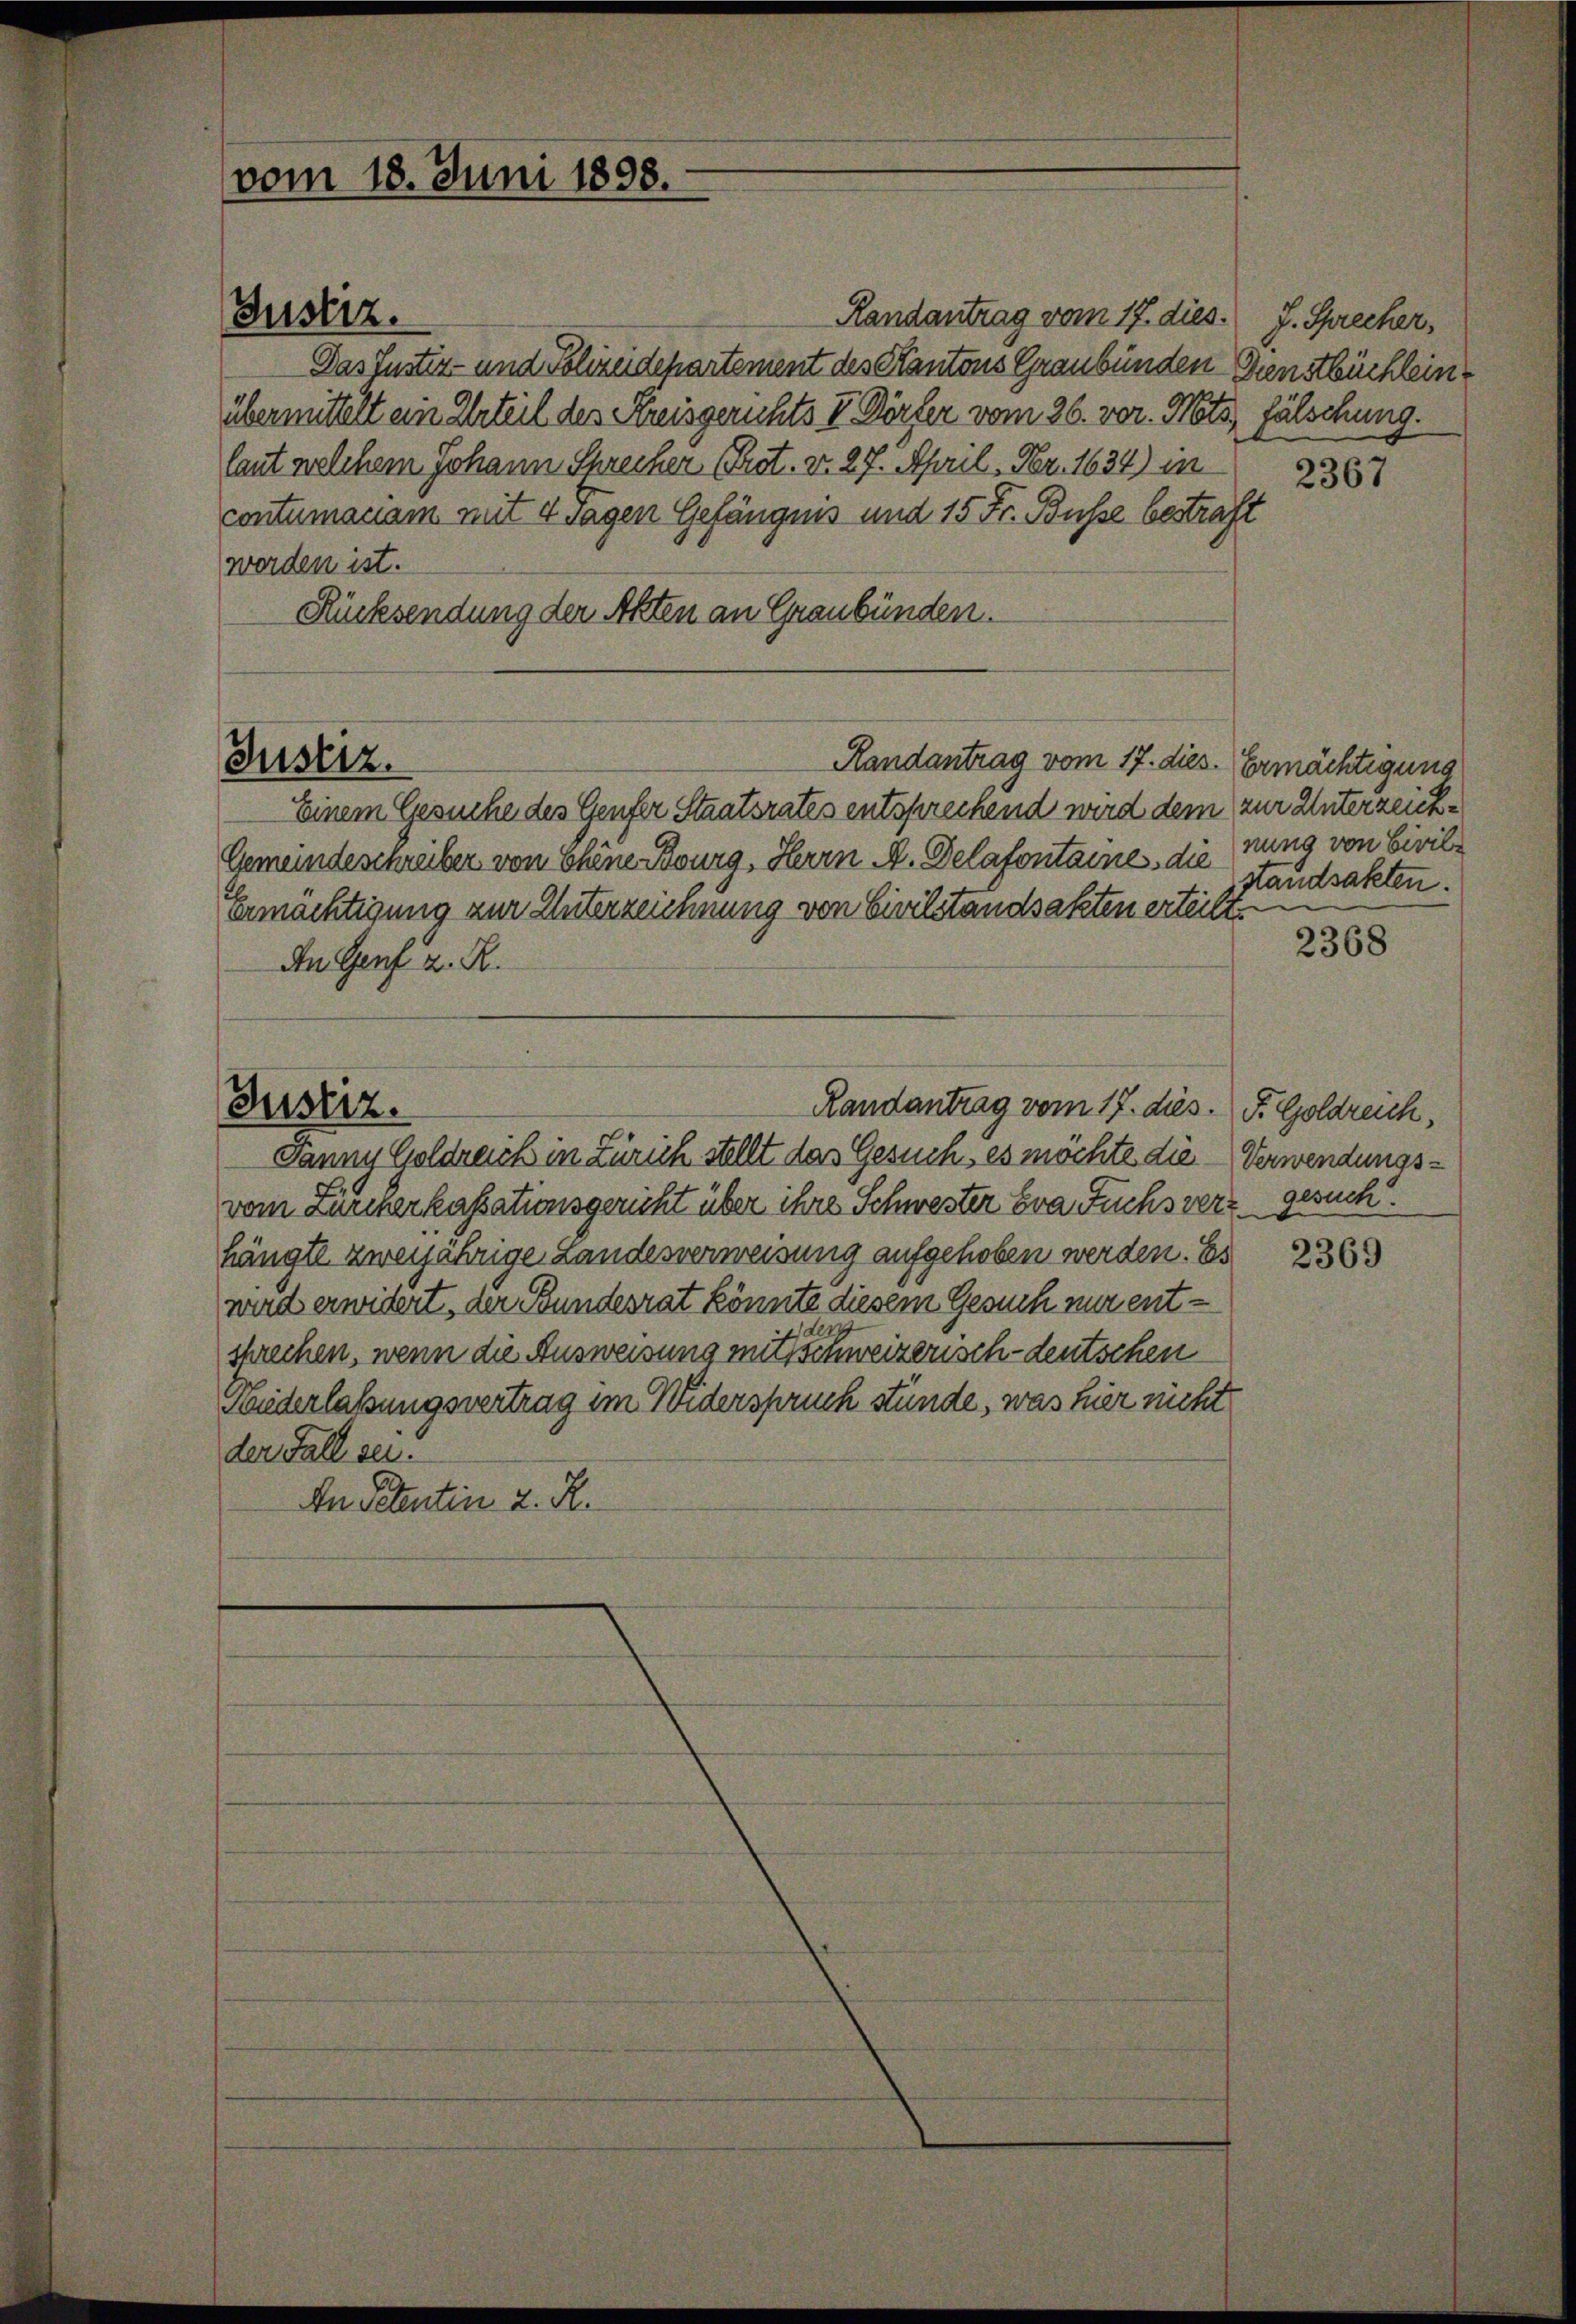
vom 18. Juni 1898.

Justiz.

Randantrag vom 17. dies.
Das Justiz- und Polizeidepartement des Kantons Graubünden Dienstbüchleinübermittelt ein Urteil des Kreisgerichts V Dörfer vom 26. vor. Mts
laut welchem Johann Sprecher (Prot. v. 27. April. Fr. 1634) in
contumaciam mit 4 sagen Gefängnis und 15 Fr. Busse bestraft
werden ist.
Rücksendung der Akten an Graubünden.
Einem Gesuche des Genfer Staatsrates entsprechend wird dem zur Unterzeich¬
Gemeindeschreiber von Chöne Bourg, Herrn A. Delafontaines die nung von Civile
Ermächtigung zur Unterzeichnung von Civilstandsakten erteilt.
An Genf z. R.
Justiz.
Randantrag vom 17. dies. P. Goldreich,
Janny Goldreich in Zürich stellt das Gesuch, es möchte die Verwendungsvom Zürcherkassationsgericht über ihre Schwester bra Fuchsverz gesuch
hängte zweijährige Landesverweisung aufgehoben werden. Es
wird erwidert, der Bundesrat könnte diesem Gesuch nur entsprechen, wenn die Ausweisung mit schweizerisch-deutschen
Widerlassungsvertrag im Widerspruch stünde, was hier nicht
der Fall sei.
An Petentin 2. R.

Juserz.

Randantrag vom 17. dies. Ermächtigung

J. Sprecher,
fälschung.

2367

standsakten.

2368

2369